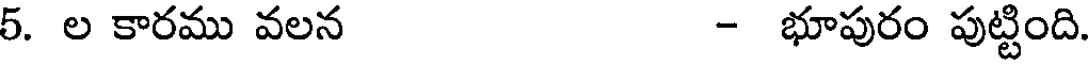
5. ల కారము వలన - భూపురం పుట్టింది.